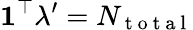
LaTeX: \mathbf{1}^{\top}\lambda^{\prime}=N_{\mathrm{~t~o~t~a~l~}}